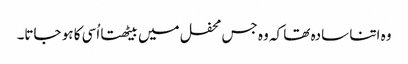
وہ اتنا سادہ تھا کہ وہ جس محفل میں بیٹھتا اُسی کا ہو جاتا۔